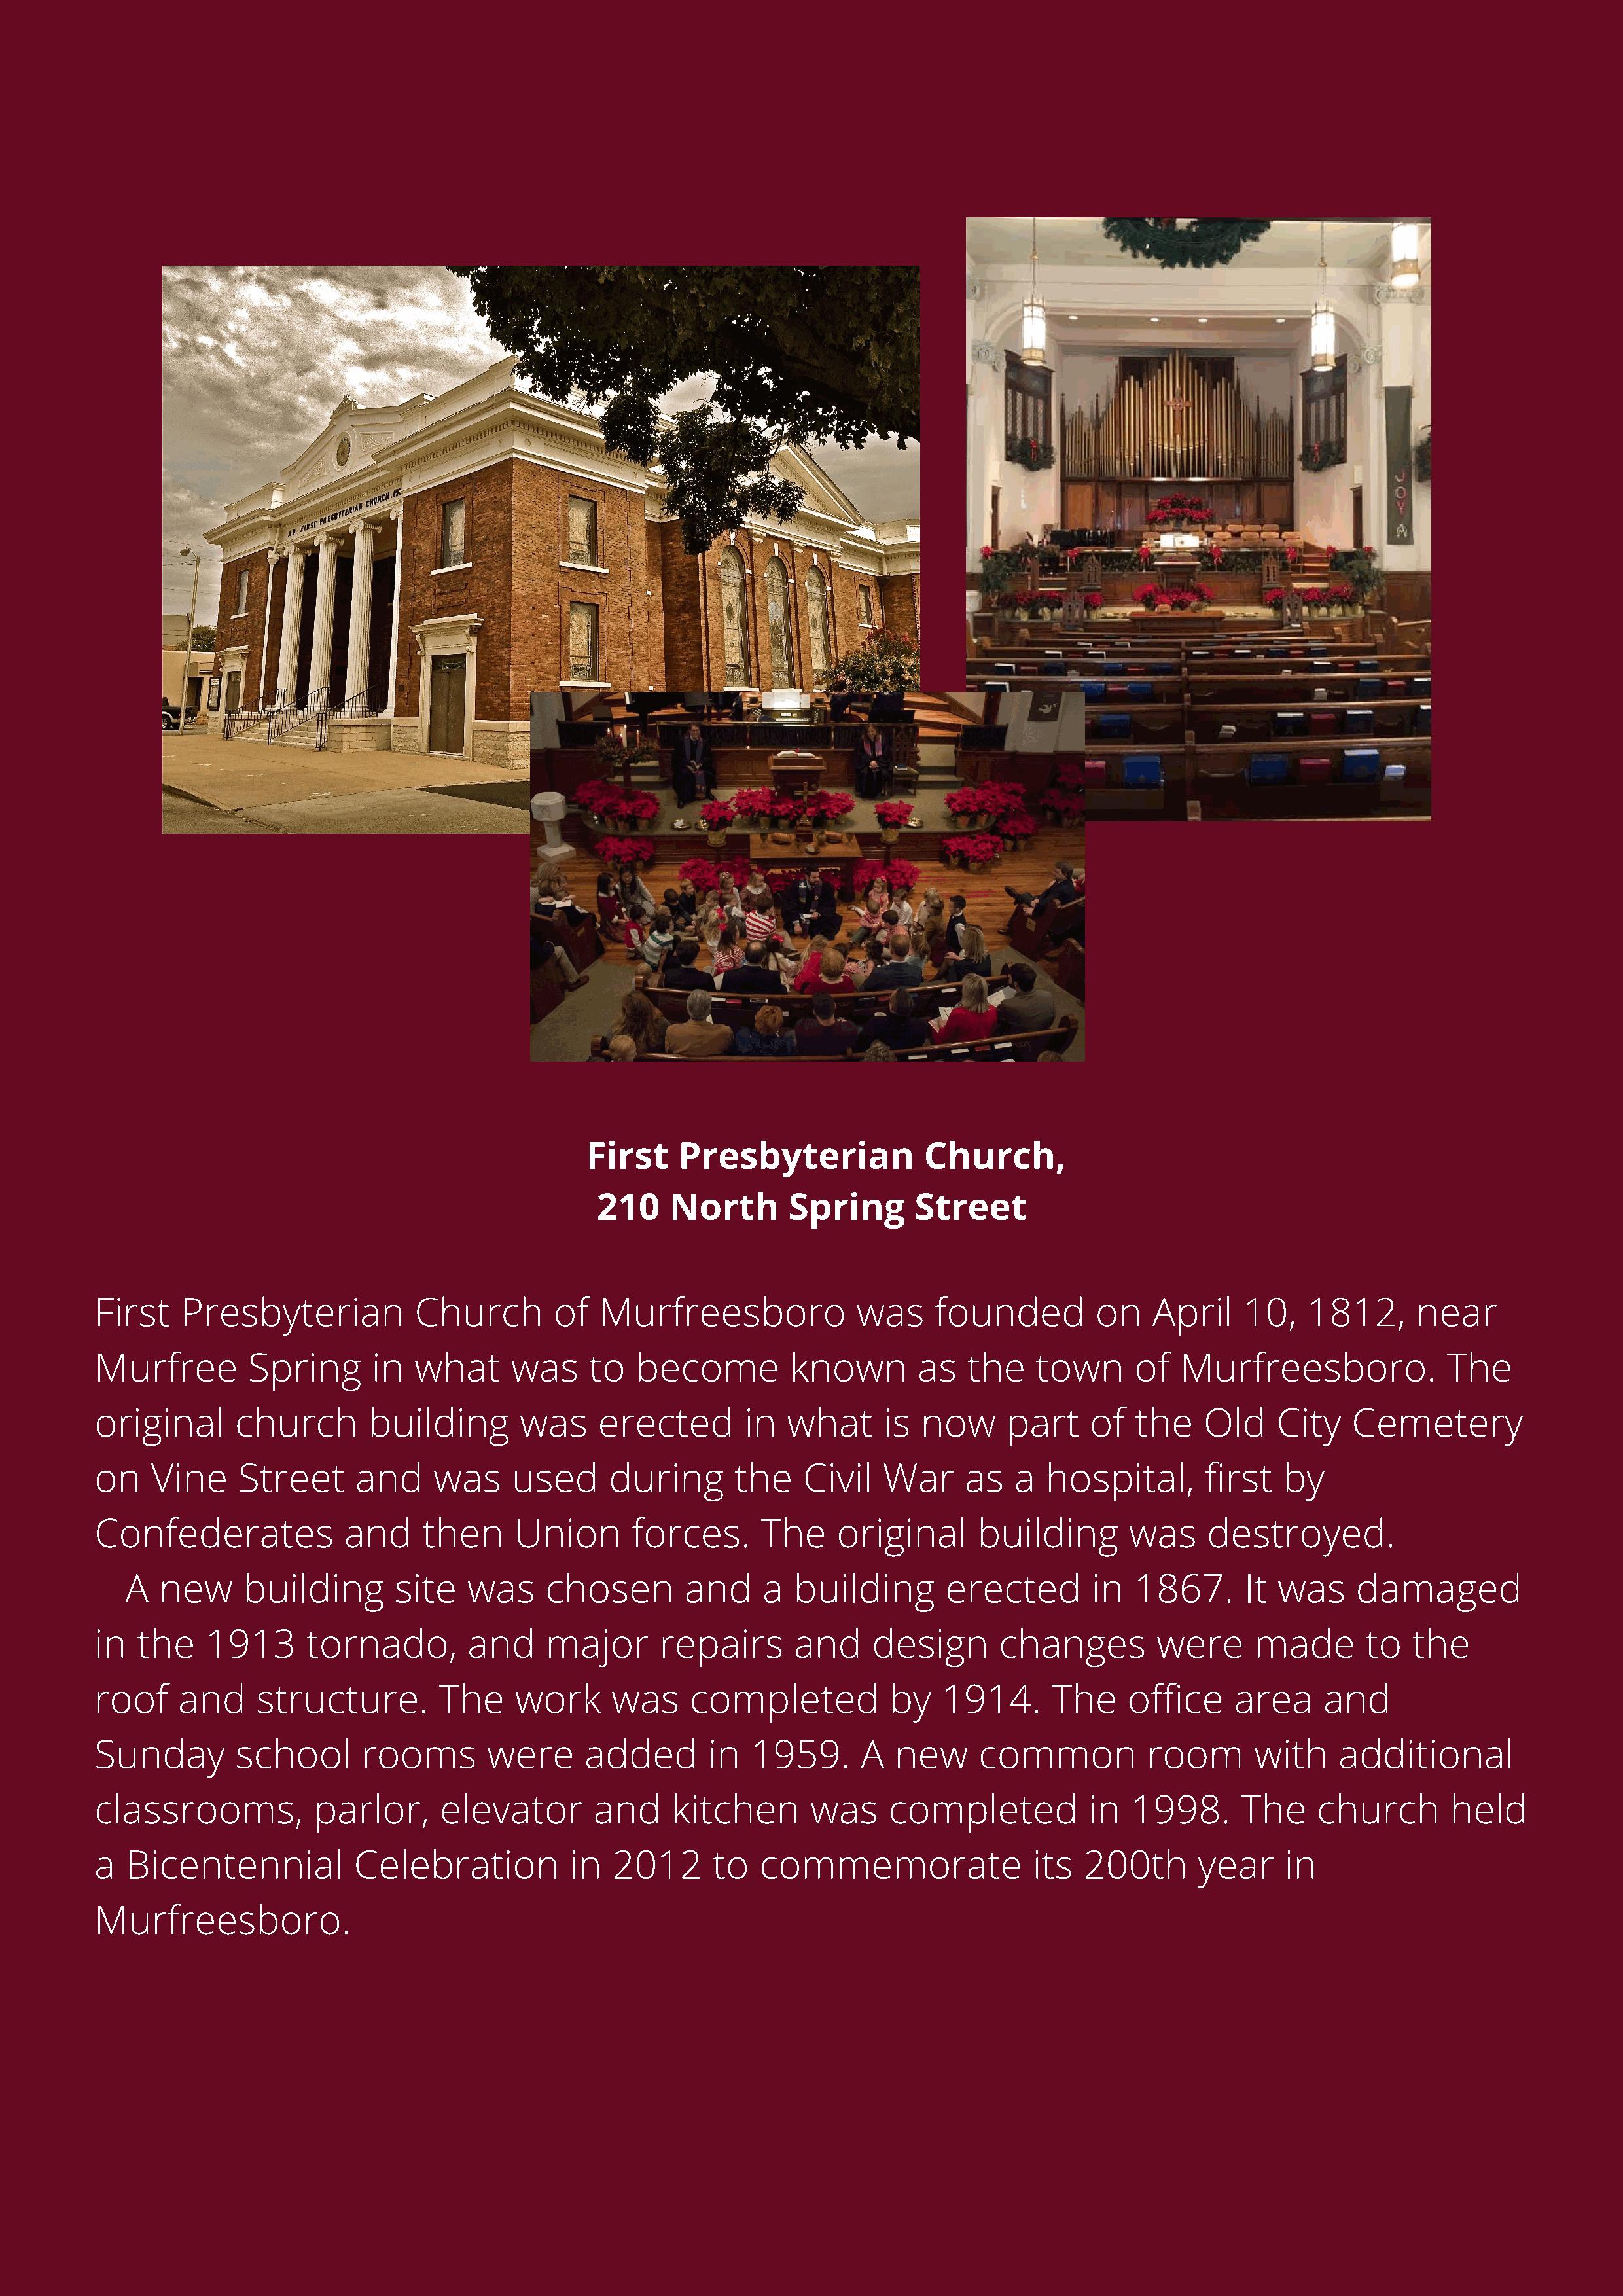
First     Presbyterian            Church,
 210     North       Spring       Street
 First   Presbyterian            Church        of   Murfreesboro              was     founded         on    April    10,   1812,      near
 Murfree        Spring       in  what      was     to  become          known        as   the    town      of  Murfreesboro.              The
 original      church       building        was    erected        in   what     is  now      part    of   the    Old    City    Cemetery
 on   Vine     Street      and     was     used      during      the    Civil   War      as   a  hospital,       first   by
 Confederates             and     then     Union       forces.      The     original      building       was     destroyed.
 A  new      building       site   was     chosen        and     a  building        erected       in   1867.      It was     damaged
 in  the    1913      tornado,        and     major       repairs      and     design       changes         were      made       to   the
 roof    and     structure.        The     work      was     completed           by   1914.      The     office     area     and
 Sunday        school       rooms       were      added        in  1959.      A  new      common           room       with    additional
 classrooms,           parlor,     elevator        and     kitchen       was     completed           in  1998.       The    church        held
 a  Bicentennial           Celebration           in  2012      to   commemorate                its   200th      year     in
 Murfreesboro.